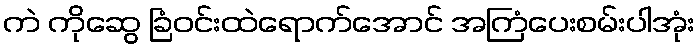
ကဲ ကိုဆွေ ခြံဝင်းထဲရောက်အောင် အကြံပေးစမ်းပါအုံး